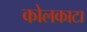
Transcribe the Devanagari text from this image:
कोलकाटा